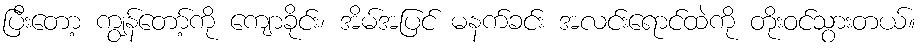
ပြီးတော့ ကျွန်တော့်ကို ကျောခိုင်း၊ အိမ်အပြင် မနက်ခင်း အလင်းရောင်ထဲကို တိုးဝင်သွားတယ်။